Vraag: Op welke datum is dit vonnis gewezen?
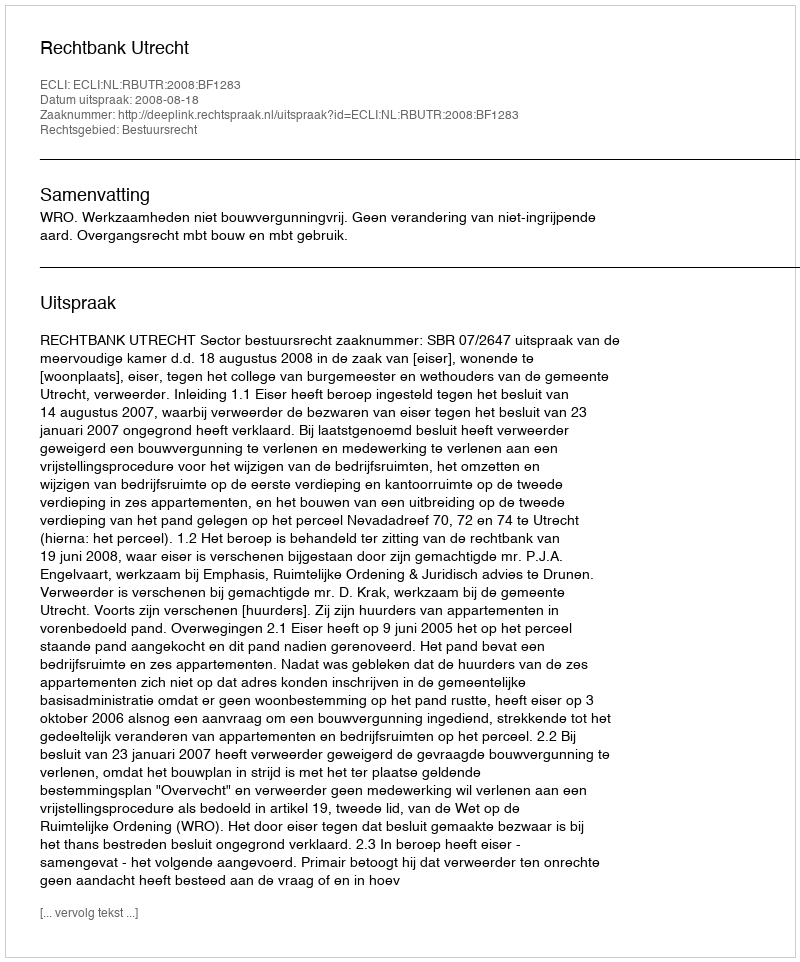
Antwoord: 2008-08-18